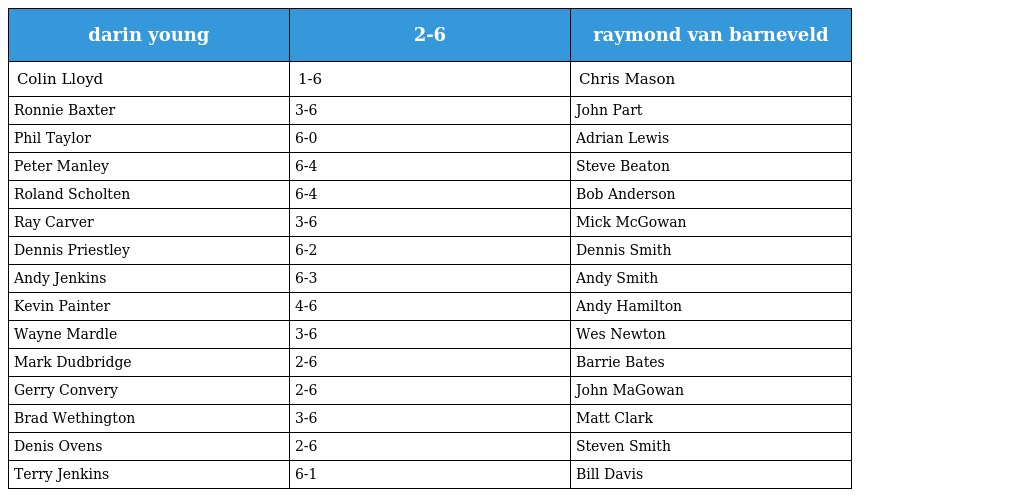
| darin young | 2-6 | raymond van barneveld |
 | --- | --- | --- |
 | Colin Lloyd | 1-6 | Chris Mason |
 | Ronnie Baxter | 3-6 | John Part |
 | Phil Taylor | 6-0 | Adrian Lewis |
 | Peter Manley | 6-4 | Steve Beaton |
 | Roland Scholten | 6-4 | Bob Anderson |
 | Ray Carver | 3-6 | Mick McGowan |
 | Dennis Priestley | 6-2 | Dennis Smith |
 | Andy Jenkins | 6-3 | Andy Smith |
 | Kevin Painter | 4-6 | Andy Hamilton |
 | Wayne Mardle | 3-6 | Wes Newton |
 | Mark Dudbridge | 2-6 | Barrie Bates |
 | Gerry Convery | 2-6 | John MaGowan |
 | Brad Wethington | 3-6 | Matt Clark |
 | Denis Ovens | 2-6 | Steven Smith |
 | Terry Jenkins | 6-1 | Bill Davis |